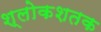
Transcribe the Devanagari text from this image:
श्लोकशतक